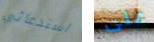
استدعائي على